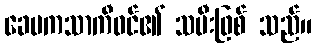
ခေမကသာကီဝင်၏ သမီးဖြစ် သည်။